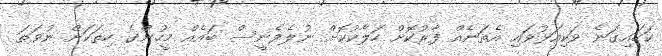
ކަހައިގަނެ ވަކިއަޅުވައި އެތަނެއް ފާރުކޮށް ހަލާކުކޮށް ނުލެވެނީސް ބައެއް މީހުންގެ ހިތަކަށް ނުވަތަ